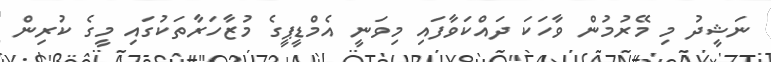
ނަޝީދު މި މޭރުމުން ވާހަކަ ދައްކަވާފައި މިވަނީ އެމްޑީޕީގެ މުޒާހަރާތަކުގައި މީގެ ކުރިން